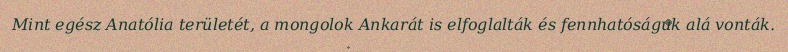
Mint egész Anatólia területét, a mongolok Ankarát is elfoglalták és fennhatóságuk alá vonták.